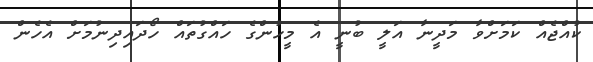
ކުއްޖެއް ކަމަށްވާ މަދީނާ އަލީ ބުނީ އެ މީހުންގެ ހައްގުތައް ހޯދައިދިނުމަށް އެހެން